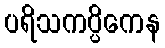
ပရိသကပ္ပိကေန